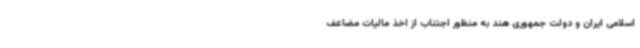
اسلامی ایران و دولت جمهوری هند به منظور اجتناب از اخذ مالیات مضاعف